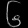
Digit: ၆